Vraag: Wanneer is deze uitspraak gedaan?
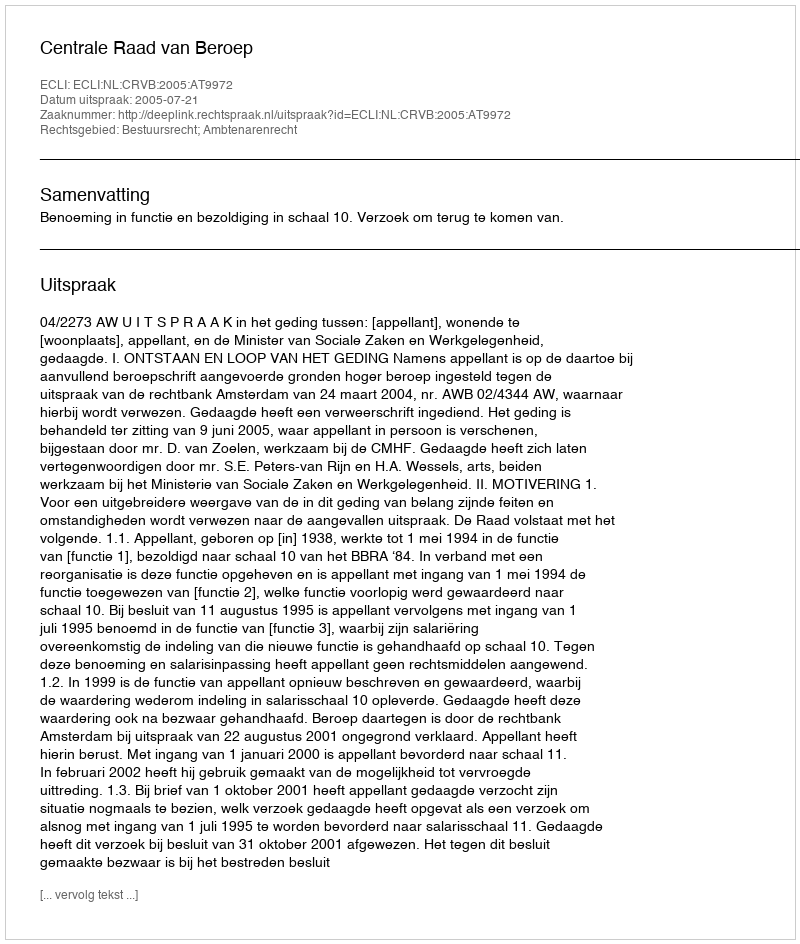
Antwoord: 2005-07-21